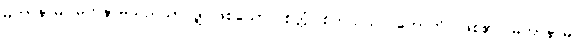
မဟာနာမ၊ မဟနာမ်သည်သာလျှင်ဖြစ်သော။ စိတ္တံ၊ စိတ်သည်။ ဟောတိ၊ ဖြစ်၏။ မဟာနာမ၊